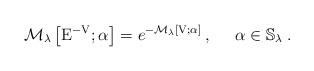
LaTeX: \begin{align*}\mathcal{M}_{\lambda}\left[\mathrm{E}^{-\mathrm{V}};\alpha\right]=e^{-\mathcal{M}_{\lambda}\left[\mathrm{V};\alpha\right]}\,,\;\;\;\;\;\alpha\in\mathbb{S}_\lambda\;.\end{align*}